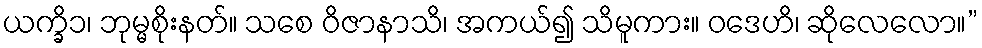
ယက္ခိ၁၊ ဘုမ္မစိုးနတ်။ သစေ ဝိဇာနာသိ၊ အကယ်၍ သိမူကား။ ဝဒေဟိ၊ ဆိုလေလော။”